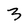
Character: 3